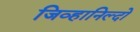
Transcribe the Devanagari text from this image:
जिव्हानिल्दो